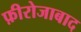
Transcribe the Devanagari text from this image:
फ़ीरोजाबाद